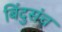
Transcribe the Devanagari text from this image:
बिंदुसंच